system: You are a helpful assistant.
user:
Analyze the provided spectrum to determine if it is a **M-type Giant (gM)**.

A M-type Giant spectrum is defined by its **strong molecular absorption** features, particularly from **Titanium Oxide (TiO)**. You must check for one of the following mutually exclusive signatures:

- **Key Visual Indicators (Absorption-Dominated Spectrum):**

    - **(Primary):** The spectrum is dominated by strong molecular absorption from **Titanium Oxide (TiO)**. This is the **defining feature** of its M-type temperature class.
        - **(Key Bandheads):** Look for sharp, "saw-tooth" absorption valleys. The strongest are located near **~7050 Å**, **~6160 Å**, and **~5170 Å**.
        - **(Line Profile):** The "saw-tooth" morphology is critical: a **sharp, steep drop on the BLUE (short-wavelength) side** of the bandhead, followed by a gradual recovery (rising flux) towards the RED (long-wavelength) side.

    - **(Key Confirmation - Giant vs. Dwarf):** **ABSENCE** of strong **Calcium Hydride (CaH)** molecular bands. This is the primary diagnostic for *excluding* M-dwarfs.
        - **(Key Region):** The spectrum should lack the strong, broad absorption band seen in dwarfs between **~6800 Å and ~7000 Å**.

    - **(Secondary Confirmation - Giant):** A very strong and broad **Neutral Calcium (Ca I)** atomic absorption line.
        - **(Key Line):** Located at **~4226 Å**. In a giant (gM), this line is significantly deeper and broader than the same line in an M-dwarf (dM) due to low surface gravity.

    - **(Overall Spectrum):**
        - The continuum is **extremely red-sloping** (i.e., flux is very low in the blue and rises dramatically towards the red).
        - The entire spectrum appears "chopped up" by the deep TiO bands.

Think first, call **spectral_visualization_tool** if needed to examine features in detail, then provide your final answer. Your response must adhere to the following strict rules:
1.  **Overall Structure:** Your response must follow the format `<think>...</think> <tool_call>...</tool_call> (if a tool is used) <answer>...</answer>`.
2.  **Tool Usage Constraint:** You may only make **one** tool call per turn.
3.  **Final Answer Format:** In the `<answer>` tag, your conclusion must be inside a `\boxed{}` command (e.g., `\boxed{YES}` or `\boxed{NO}`), followed by your justification.

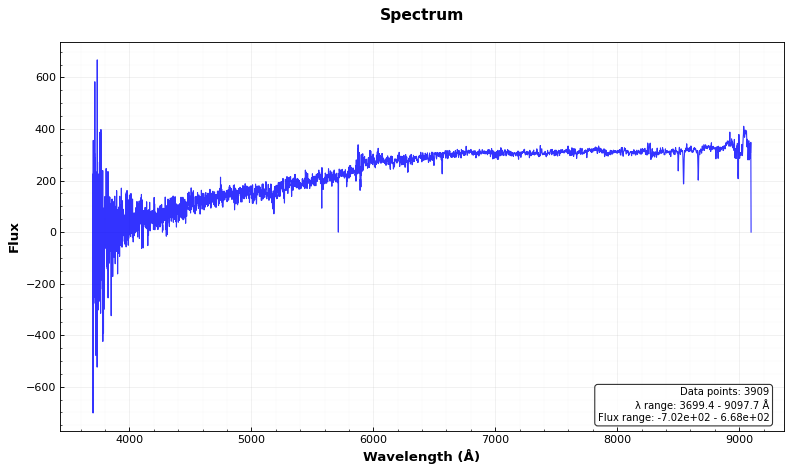
Answer: NO